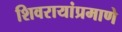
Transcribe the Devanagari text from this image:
शिवरायांप्रमाणे